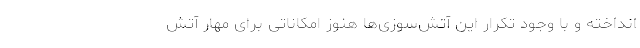
انداخته و با وجود تکرار این آتش‌سوزی‌ها هنوز امکاناتی برای مهار آتش